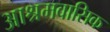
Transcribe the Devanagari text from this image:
आश्रमवासिक